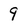
Character: 9